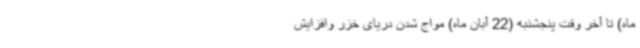
ماه) تا آخر وقت پنجشنبه (22 آبان ماه) مواج شدن دریای خزر وافزایش